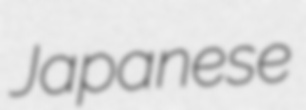
Japanese